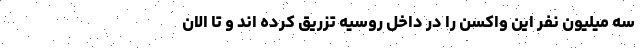
سه میلیون نفر این واکسن را در داخل روسیه تزریق کرده اند و تا الان